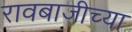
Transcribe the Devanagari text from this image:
रावबाजीच्या